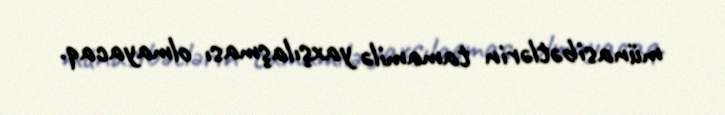
münasibətlərin tamamilə yaxşılaşması olmayacaq.